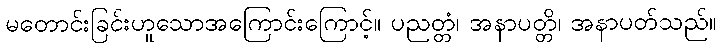
မတောင်းခြင်းဟူသောအကြောင်းကြောင့်။ ပညတ္တံ၊ အနာပတ္တိ၊ အနာပတ်သည်။